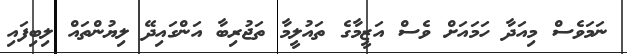
ނަމަވެސް މިއަދާ ހަމައަށް ވެސް އަޒީމާގެ ތައުލީމާ ތަޖުރިބާ އަންގައިދޭ ލިޔުންތައް ލިބިފައި